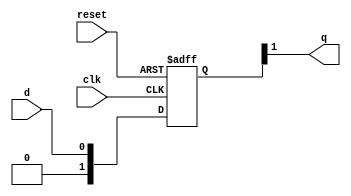
module edge_triggered_latch (
    input wire clk,
    input wire reset,
    input wire d,
    output reg q
);

reg [1:0] q_dff;
reg q_next;

always @ (posedge clk or posedge reset) begin
    if (reset) begin
        q_dff <= 2'b0;
    end else begin
        q_dff <= q_next;
    end
end

assign q = q_dff[1];

always @ (*) begin
     q_next = d;
end

endmodule